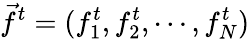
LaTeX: \vec{f}^{t}=(f_{1}^{t},f_{2}^{t},\cdots,f_{N}^{t})